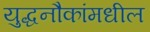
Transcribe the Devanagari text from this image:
युद्धनौकांमधील